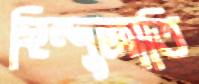
হিন্দুজাতি